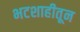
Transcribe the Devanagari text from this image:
भटशाहीतून